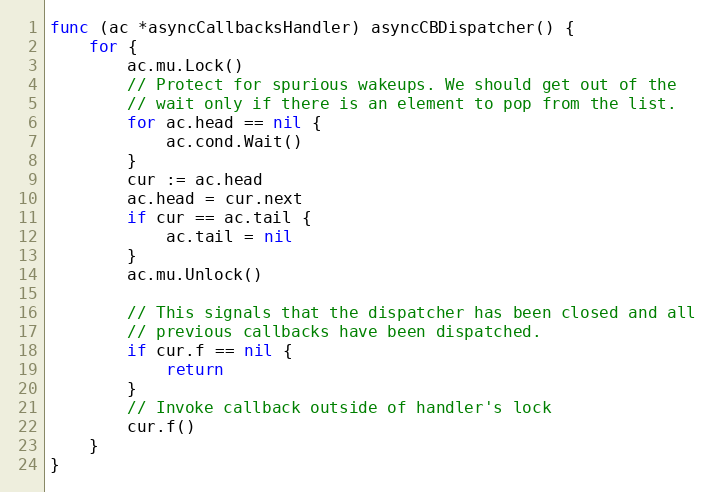
Language: Go
func (ac *asyncCallbacksHandler) asyncCBDispatcher() {
	for {
		ac.mu.Lock()
		// Protect for spurious wakeups. We should get out of the
		// wait only if there is an element to pop from the list.
		for ac.head == nil {
			ac.cond.Wait()
		}
		cur := ac.head
		ac.head = cur.next
		if cur == ac.tail {
			ac.tail = nil
		}
		ac.mu.Unlock()

		// This signals that the dispatcher has been closed and all
		// previous callbacks have been dispatched.
		if cur.f == nil {
			return
		}
		// Invoke callback outside of handler's lock
		cur.f()
	}
}